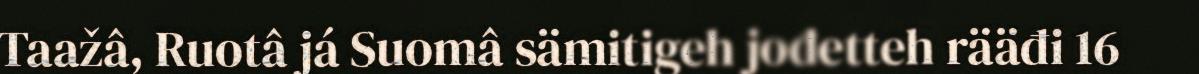
Taažâ, Ruotâ já Suomâ sämitigeh jođetteh rääđi 16